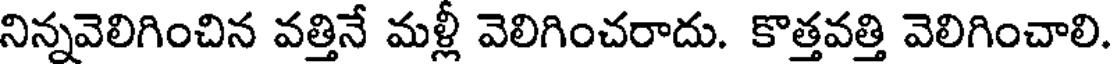
నిన్నవెలిగించిన వత్తినే మళ్లీ వెలిగించరాదు. కొత్తవత్తి వెలిగించాలి.